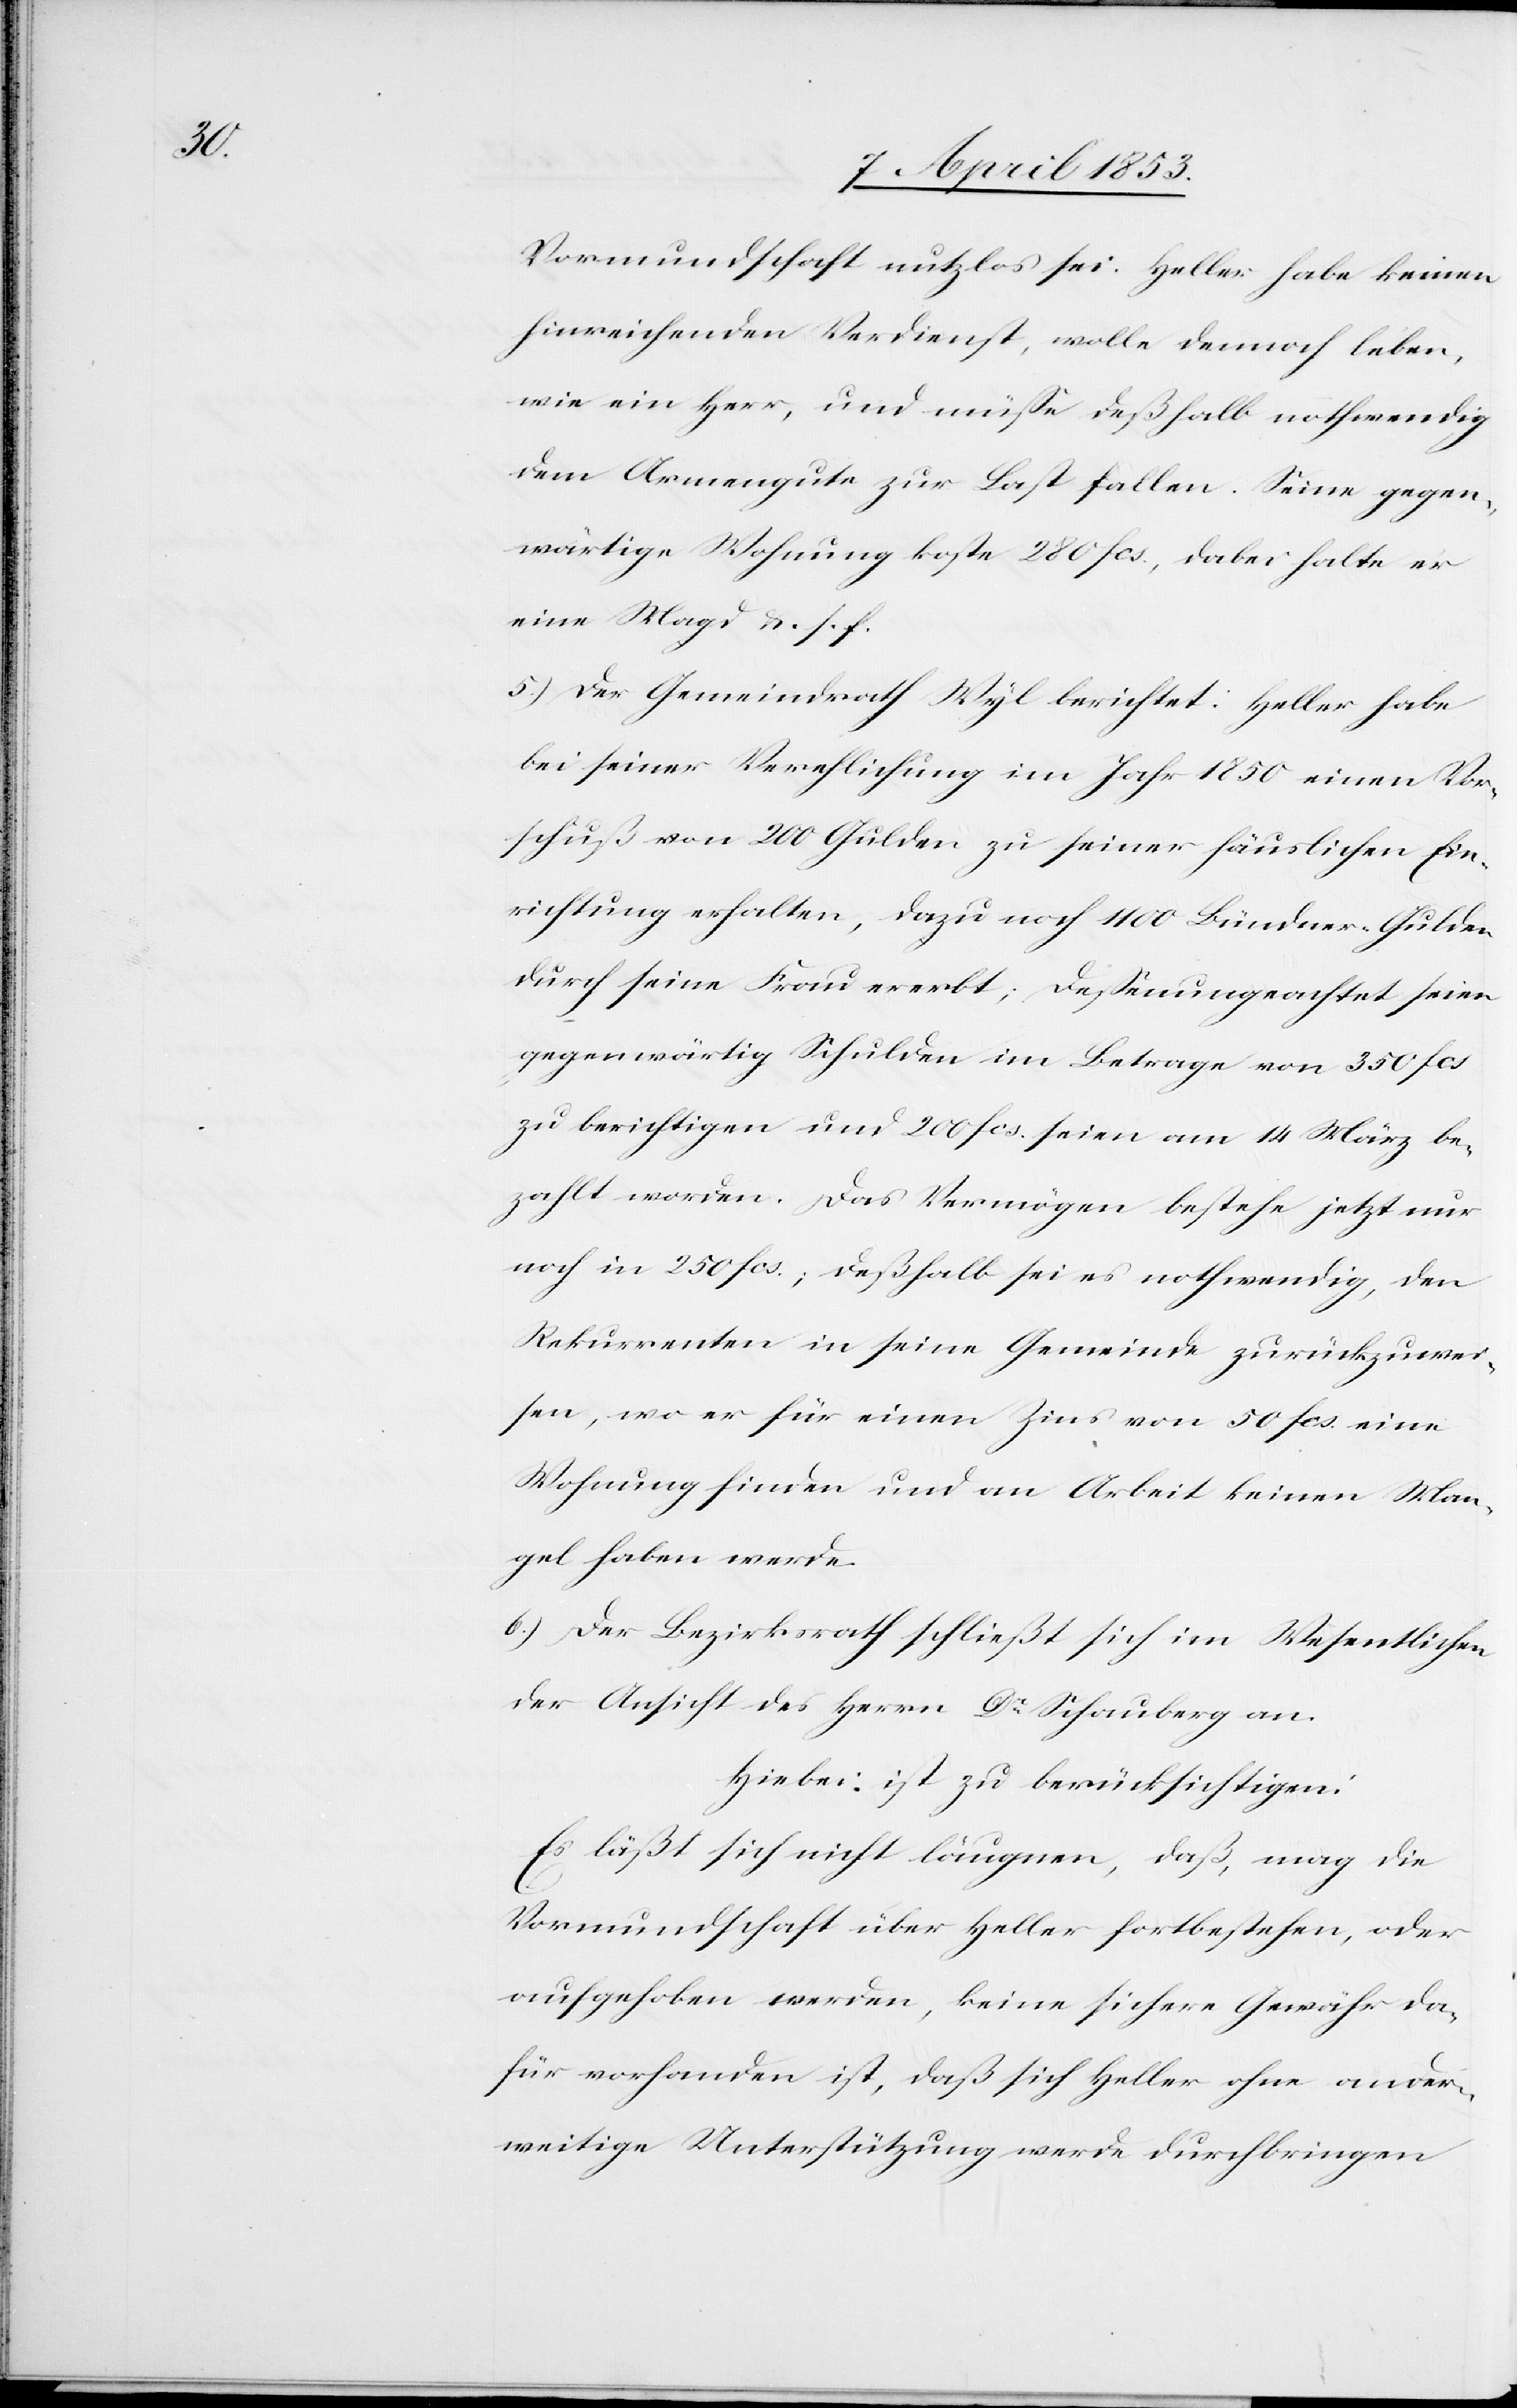
Vormundschaft nutzlos sei. Heller habe keinen
hinreichenden Verdienst, wolle dennoch leben,
wie ein Herr, und müsse deßhalb nothwendig
dem Armengute zur Last fallen. Seine gegen¬
wärtige Wohnung koste 280 fcs., dabei halte er
eine Magd u. s. f.
5.) Der Gemeindrath Wyl berichtet: Heller habe
bei seiner Verehlichung im Jahr 1850 einen Vor¬
schuß von 200 Gulden zu seiner häuslichen Ein¬
richtung erhalten, dazu noch 1100 Bündner-Gulden
durch seine Frau ererbt; dessenungeachtet seien
gegenwärtig Schulden im Betrage von 350 fcs
zu berichtigen und 200 fcs. seien am 14 März be¬
zahlt worden. Das Vermögen bestehe jetzt nur
noch in 250 fcs., deßhalb sei es nothwendig, den
Rekurrenten in seine Gemeinde zurückzuwei¬
sen, wo er für einen Zins von 50 fcs. eine
Wohnung finden und an Arbeit keinen Man¬
gel haben werde.
6.) Der Bezirksrath schließt sich im Wesentlichen
der Ansicht des Herrn Dr. Schauberg an.
Hiebei ist zu berücksichtigen:
Es läßt sich nicht leugnen, daß, mag die
Vormundschaft über Heller fortbestehen, oder
aufgehoben werden, keine sichere Gewähr da¬
für vorhanden ist, daß sich Heller ohne ander¬
weitige Unterstützung werde durchbringen